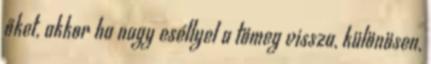
őket, akkor ha nagy eséllyel a tömeg vissza, különösen,